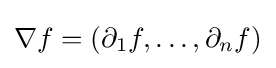
\nabla f=(\partial _{1}f,\dots ,\partial _{n}f)